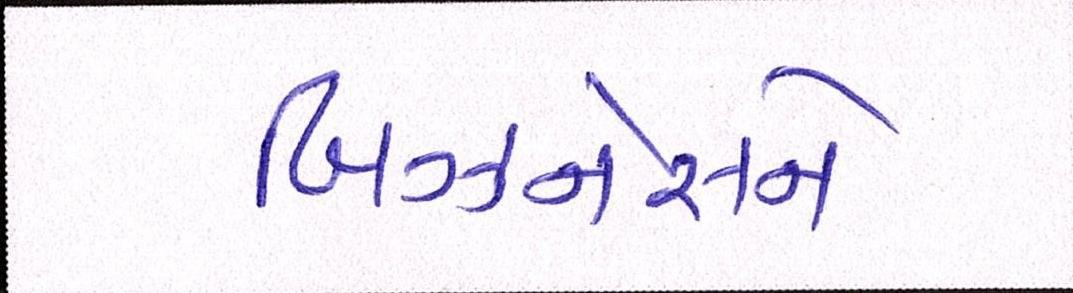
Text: બિઝનેસને